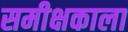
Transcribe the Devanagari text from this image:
समीक्षकाला